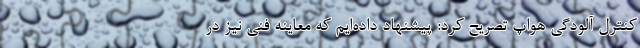
کنترل آلودگی هواپ تصریح کرد: پیشنهاد داده‌ایم که معاینه فنی نیز در